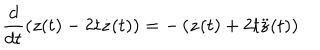
LaTeX: \frac { d } { d t } \left( z ( t ) - 2 t \dot { z } ( t ) \right) = - \left( \dot { z } ( t ) + 2 t \ddot { z } ( t ) \right)